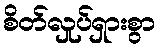
စိတ်လှုပ်ရှားစွာ